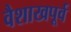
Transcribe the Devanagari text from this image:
वैशाखपूर्व